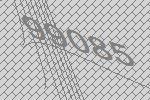
99085